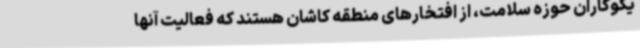
یکوکاران حوزه سلامت، از افتخارهای منطقه کاشان هستند که فعالیت آنها